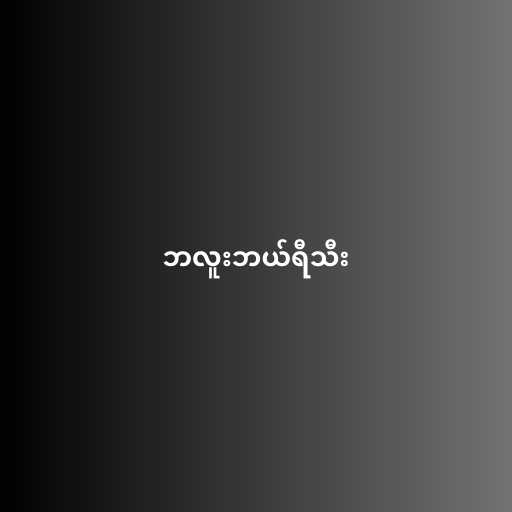
ဘလူးဘယ်ရီသီး